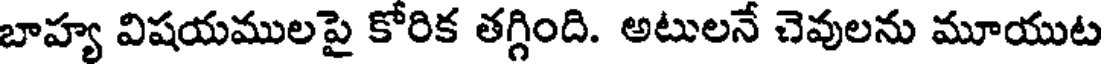
బాహ్య విషయములపై కోరిక తగ్గింది. అటులనే చెవులను మూయుట